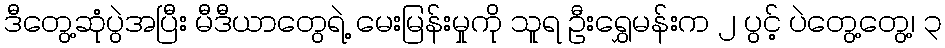
ဒီတွေ့ဆုံပွဲအပြီး မီဒီယာတွေရဲ့ မေးမြန်းမှုကို သူရ ဦးရွှေမန်းက ၂ ပွင့် ပဲတွေ့တွေ့၊ ၃